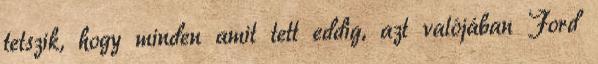
tetszik, hogy minden amit tett eddig, azt valójában Ford